Report of the Indian Hemp Drugs Commission, 1894-1895 - Volume IV
Year: 1894
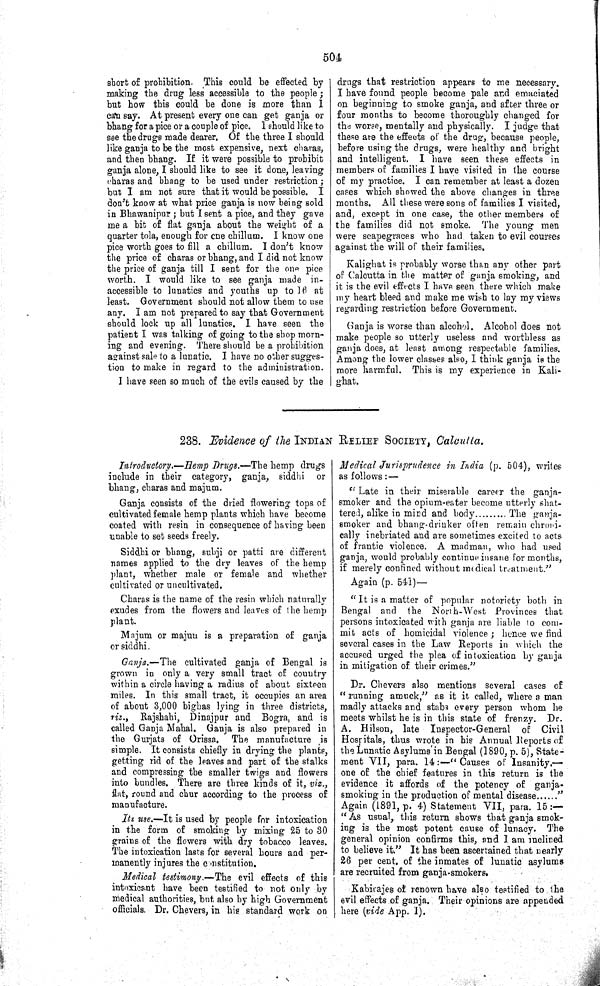
504
short of prohibition. This could be effected by
making the drug less accessible to the people;
but how this could be done is more than I
can say. At present every one can get ganja or
bhang for a pice or a couple of pice. I should like to
see the drugs made dearer. Of the three I should
like ganja to be the most expensive, next charas,
and then bhang. If it were possible to prohibit
ganja alone, I should like to see it done, leaving
charas and bhang to be used under restriction;
but I am not sure that it would be possible. I
don't know at what price ganja is now being sold
in Bhawanipur; but I sent a pice, and they gave
me a bit of flat ganja about the weight of a
quarter tola, enough for one chillum. I know one
pice worth goes to fill a chillum. I don't know
the price of charas or bhang, and I did not know
the price of ganja till I sent for the one pice
worth. I would like to see ganja made in-
accessible to lunatics and youths up to 16 at
least. Government should not allow them to use
any. I am not prepared to say that Government
should lock up all lunatics. I have seen the
patient I was talking of going to the shop morn-
ing and evening. There should be a prohibition
against sale to a lunatic. I have no other sugges-
tion to make in regard to the administration.
I have seen so much of the evils caused by the
drugs that restriction appears to me necessary.
I have found people become pale and emaciated
on beginning to smoke ganja, and after three or
four months to become thoroughly changed for
the worse, mentally and physically. I judge that
these are the effects of the drug, because people,
before using the drugs, were healthy and bright
and intelligent. I have seen these effects in
members of families I have visited in the course
of my practice. I can remember at least a dozen
cases which showed the above changes in three
months. All these were sons of families I visited,
and, except in one case, the other members of
the families did not smoke. The young men
were scapegraces who had taken to evil courses
against the will of their families.
Kalighat is probably worse than any other part
of Calcutta in the matter of ganja smoking, and
it is the evil effects I have seen there which make
my heart bleed and make me wish to lay my views
regarding restriction before Government.
Ganja is worse than alcohol. Alcohol does not
make people so utterly useless and worthless as
ganja does, at least among respectable families.
Among the lower classes also, I think ganja is the
more harmful. This is my experience in Kali-
ghat.
238. Evidence of the INDIAN RELIEF SOCIETY, Calcutta.
Introductory.—Hemp Drugs.—The hemp drugs
include in their category, ganja, siddhi or
bhang, charas and majum.
Ganja consists of the dried flowering tops of
cultivated female hemp plants which have become
coated with resin in consequence of having been
unable to set seeds freely.
Siddhi or bhang, subji or patti are different
names applied to the dry leaves of the hemp
plant, whether male or female and whether
cultivated or uncultivated.
Charas is the name of the resin which naturally
exudes from the flowers and leaves of the hemp
plant.
Majum or majun is a preparation of ganja
or siddhi.
Ganja.—The cultivated ganja of Bengal is
grown in only a very small tract of country
within a circle having a radius of about sixteen
miles. In this small tract, it occupies an area
of about 3,000 bighas lying in three districts,
riz., Rajshahi, Dinajpur and Bogra, and is
called Ganja Mahal. Ganja is also prepared in
the Gurjats of Orissa. The manufacture is
simple. It consists chiefly in drying the plants,
getting rid of the leaves and part of the stalks
and compressing the smaller twigs and flowers
into bundles. There are three kinds of it, viz.,
flat, round and chur according to the process of
manufacture.
Its use.—It is used by people for intoxication
in the form of smoking by mixing 25 to 30
grains of the flowers with dry tobacco leaves.
The intoxication lasts for several hours and per-
manently injures the constitution.
Medical testimony.—The evil effects of this
intoxicant have been testified to not only by
medical authorities, but also by high Government
officials. Dr. Chevers, in his standard work on
Medical Jurisprudence in India (p. 504), writes
as follows:—
"Late in their miserable career the ganja-
smoker and the opium-eater become utterly shat-
tered, alike in mind and body
The ganja-
smoker and bhang-drinker often remain chroni-
cally inebriated and are sometimes excited to acts
of frantic violence. A madman, who had used
ganja, would probably continue insane for months,
if merely confined without medical treatment."
Again (p. 541)—
"It is a matter of popular notoriety both in
Bengal and the North-West Provinces that
persons intoxicated with ganja are liable to com-
mit acts of homicidal violence; hence we find
several cases in the Law Reports in which the
accused urged the plea of intoxication by ganja
in mitigation of their crimes."
Dr. Chevers also mentions several cases of
"running amuck," as it it called, where a man
madly attacks and stabs every person whom he
meets whilst he is in this state of frenzy. Dr.
A. Hilson, late Inspector-General of Civil
Hospitals, thus wrote in his Annual Reports of
the Lunatic Asylums in Bengal (1890, p. 5), State-
ment VII, para. 14:—"Causes of Insanity.—
one of the chief features in this return is the
evidence it affords of the potency of ganja-
smoking in the production of mental disease
"
Again (1891, p. 4) Statement VII, para. 15:—
"As usual, this return shows that ganja smok-
ing is the most potent cause of lunacy. The
general opinion confirms this, and I am inclined
to believe it." It has been ascertained that nearly
26 per cent. of the inmates of lunatic asylums
are recruited from ganja-smokers.
Kabirajes of renown have also testified to the
evil effects of ganja. Their opinions are appended
here (vide App. 1).